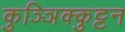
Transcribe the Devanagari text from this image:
कुञ्ञिक्कुट्टन